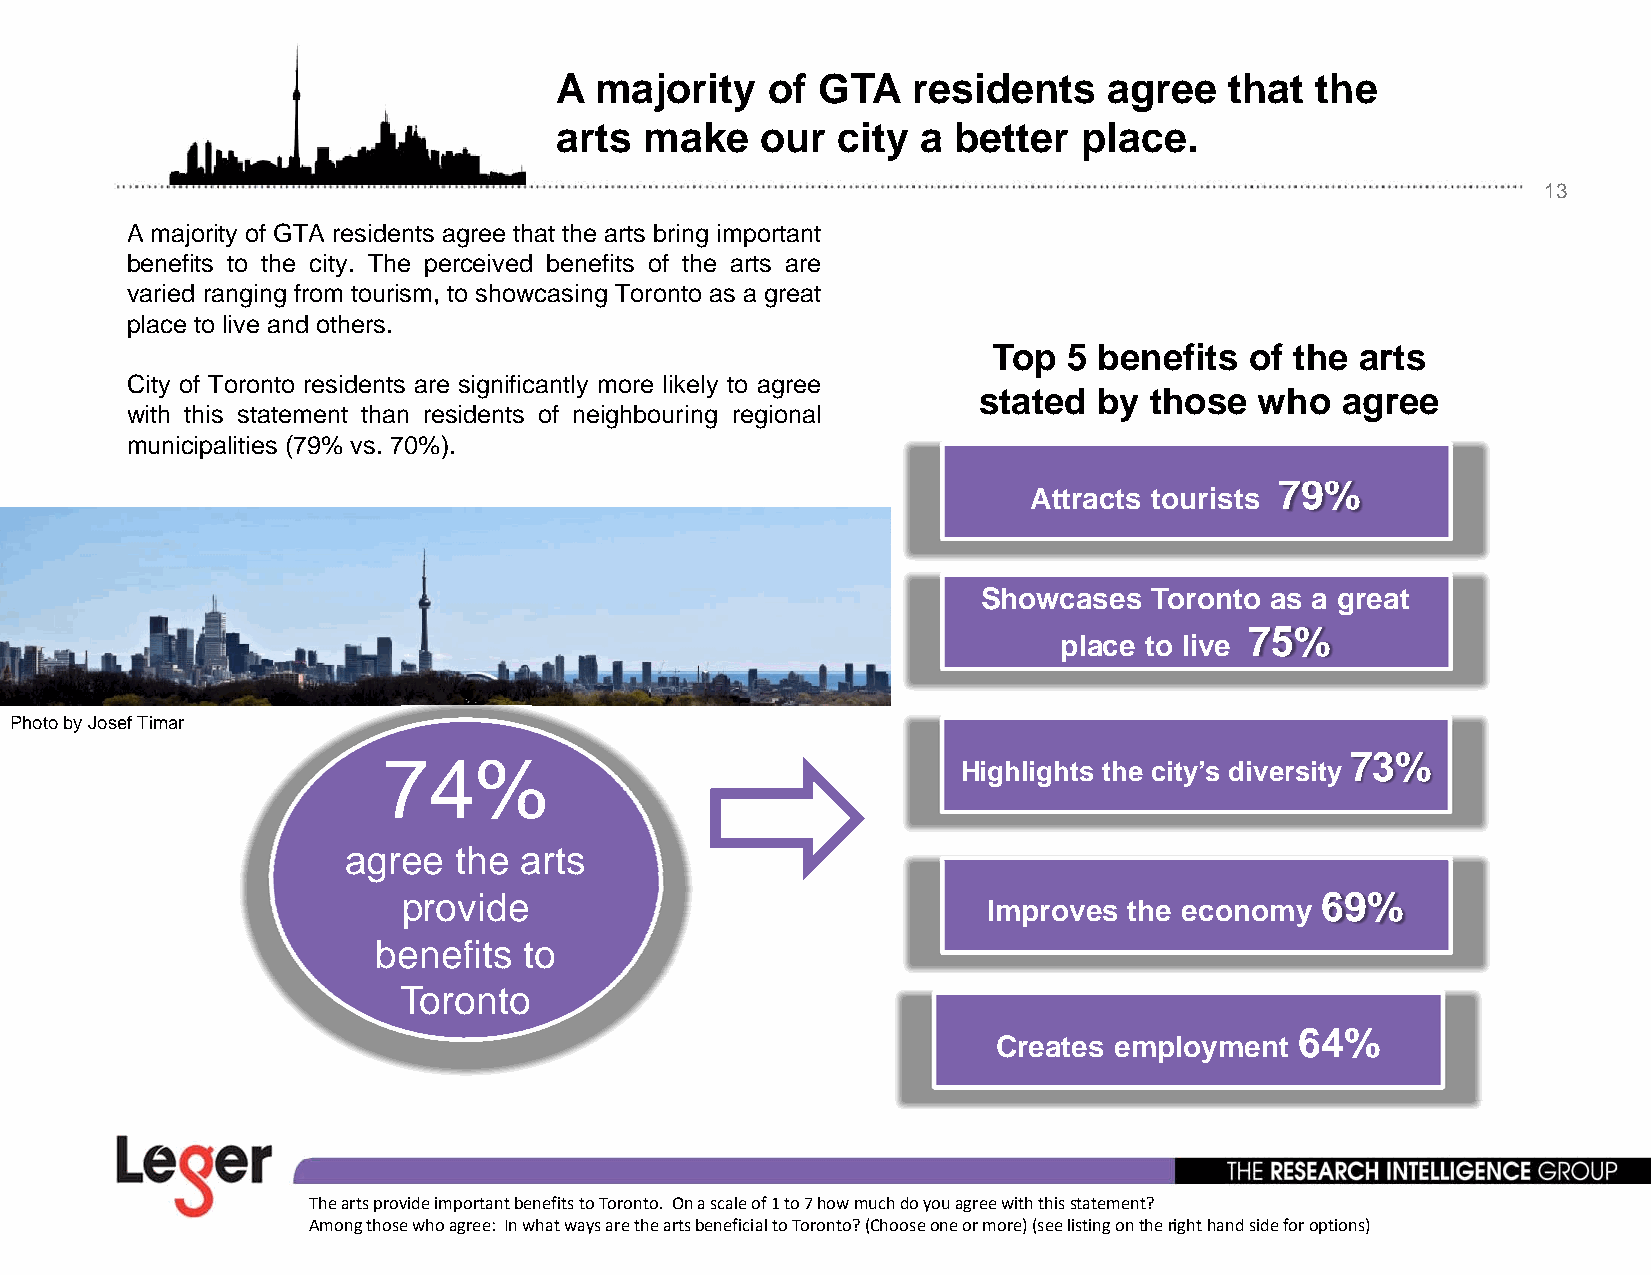
A majority    of GTA   residents    agree   that  the
 arts  make   our  city  a better   place.
 13
 A majority of GTA residents agree that the arts bring important
 benefits to the city. The perceived benefits of the arts are
 varied ranging from tourism, to showcasing Toronto as a great
 ppllaaccee ttoo lliivvee aanndd ootthheerrss.
 Top  5 benefits  of the arts
 City of Toronto residents are significantly more likely to agree
 stated  by those  who   agree
 with this statement than residents of neighbouring regional
 municipalities (79% vs. 70%).
 7799%%
 Attracts tourists
 Showcases  Toronto as a great
 7755%%
 pllace tto lliive
 Photo by Josef Timar
 7744%%                                                          73%
 Highlights the city’s diversity
 agree  the arts
 provide                                                     69%
 Improves  the economy
 bbeneffiitts tto
 Toronto
 64%
 Creates employment
 The arts provide important benefits to Toronto. On a scale of 1 to 7 how much do you agree with this statement?
 Among those who agree: In what ways are the arts beneficial to Toronto? (Choose one or more) (see listing on the right hand side for options)